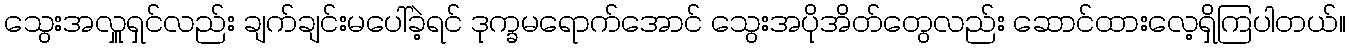
သွေးအလှူရှင်လည်း ချက်ချင်းမပေါ်ခဲ့ရင် ဒုက္ခမရောက်အောင် သွေးအပိုအိတ်တွေလည်း ဆောင်ထားလေ့ရှိကြပါတယ်။